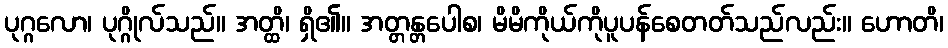
ပုဂ္ဂလော၊ ပုဂ္ဂိုလ်သည်။ အတ္ထိ၊ ရှိ၏။ အတ္တန္တပေါစ၊ မိမိကိုယ်ကိုပူပန်စေတတ်သည်လည်း။ ဟောတိ၊